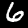
Digit: 6